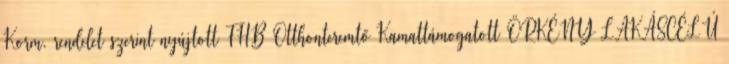
Korm. rendelet szerint nyújtott FHB Otthonteremtő Kamattámogatott ÖRKÉNY LAKÁSCÉLÚ